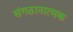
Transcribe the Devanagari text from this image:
संगठानात्मक